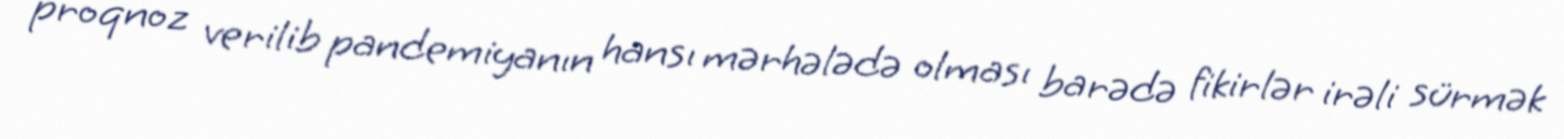
proqnoz verilib pandemiyanın hansı mərhələdə olması barədə fikirlər irəli sürmək